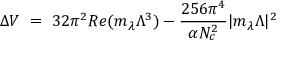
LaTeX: \Delta V ~ = ~ 3 2 \pi ^ { 2 } R e ( m _ { \lambda } \Lambda ^ { 3 } ) - { \frac { 2 5 6 \pi ^ { 4 } } { \alpha N _ { c } ^ { 2 } } } | m _ { \lambda } \Lambda | ^ { 2 }